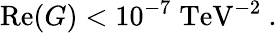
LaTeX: \mathrm{Re}(G)<10^{-7}\; \mathrm{TeV}^{-2}\ .